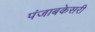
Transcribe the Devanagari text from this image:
पंजाबकेसरी